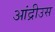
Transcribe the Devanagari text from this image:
आंद्रीउस